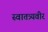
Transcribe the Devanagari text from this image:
स्वातत्र्यवीर